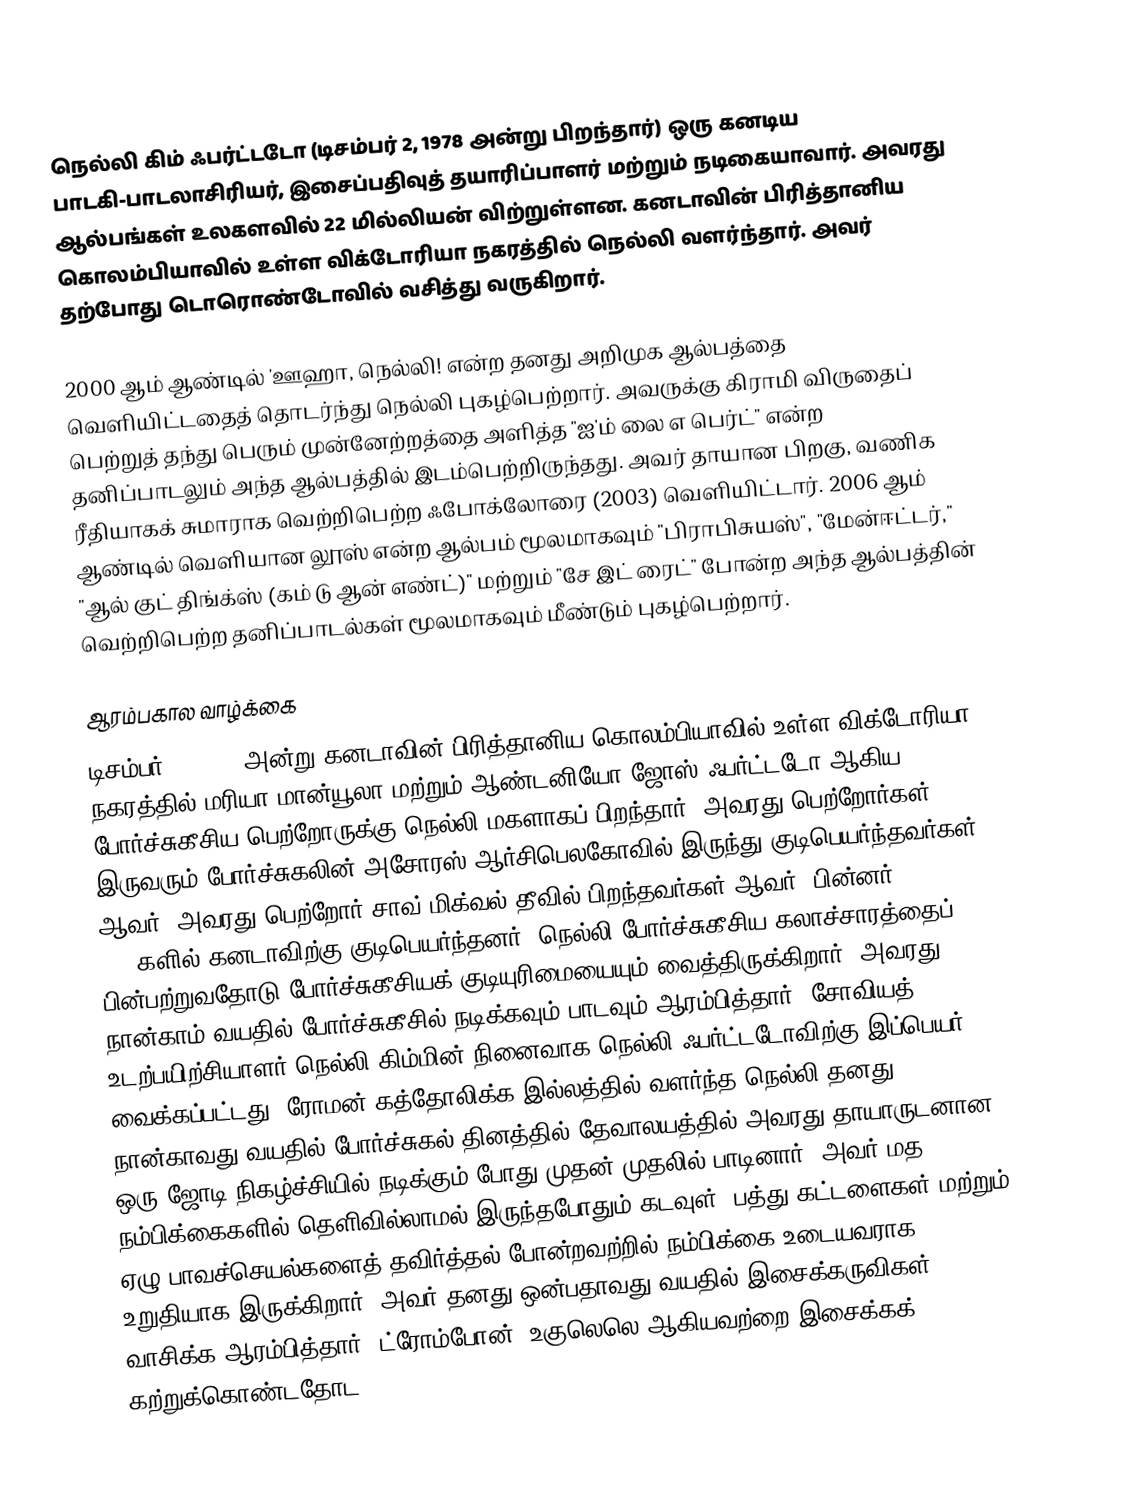
நெல்லி கிம் ஃபர்ட்டடோ (டிசம்பர் 2, 1978 அன்று பிறந்தார்) ஒரு கனடிய பாடகி-பாடலாசிரியர், இசைப்பதிவுத் தயாரிப்பாளர் மற்றும் நடிகையாவார். அவரது ஆல்பங்கள் உலகளவில் 22 மில்லியன் விற்றுள்ளன. கனடாவின் பிரித்தானிய கொலம்பியாவில் உள்ள விக்டோரியா நகரத்தில் நெல்லி வளர்ந்தார். அவர் தற்போது டொரொண்டோவில் வசித்து வருகிறார்.

2000 ஆம் ஆண்டில் 'ஊஹா, நெல்லி! என்ற தனது அறிமுக ஆல்பத்தை வெளியிட்டதைத் தொடர்ந்து நெல்லி புகழ்பெற்றார். அவருக்கு கிராமி விருதைப் பெற்றுத் தந்து பெரும் முன்னேற்றத்தை அளித்த "ஐ'ம் லை எ பெர்ட்" என்ற தனிப்பாடலும் அந்த ஆல்பத்தில் இடம்பெற்றிருந்தது. அவர் தாயான பிறகு, வணிக ரீதியாகக் சுமாராக வெற்றிபெற்ற ஃபோக்லோரை (2003) வெளியிட்டார். 2006 ஆம் ஆண்டில் வெளியான லூஸ் என்ற ஆல்பம் மூலமாகவும் "பிராபிசுயஸ்", "மேன்ஈட்டர்," "ஆல் குட் திங்க்ஸ் (கம் டு ஆன் எண்ட்)" மற்றும் "சே இட் ரைட்" போன்ற அந்த ஆல்பத்தின் வெற்றிபெற்ற தனிப்பாடல்கள் மூலமாகவும் மீண்டும் புகழ்பெற்றார்.

 ஆரம்பகால வாழ்க்கை
டிசம்பர் 2, 1978 அன்று கனடாவின் பிரித்தானிய கொலம்பியாவில் உள்ள விக்டோரியா நகரத்தில் மரியா மான்யூலா மற்றும் ஆண்டனியோ ஜோஸ் ஃபர்ட்டடோ ஆகிய போர்ச்சுகீசிய பெற்றோருக்கு நெல்லி மகளாகப் பிறந்தார். அவரது பெற்றோர்கள் இருவரும் போர்ச்சுகலின் அசோரஸ் ஆர்சிபெலகோவில் இருந்து குடிபெயர்ந்தவர்கள் ஆவர். அவரது பெற்றோர் சாவ் மிக்வல் தீவில் பிறந்தவர்கள் ஆவர். பின்னர் 1960களில் கனடாவிற்கு குடிபெயர்ந்தனர். நெல்லி போர்ச்சுகீசிய கலாச்சாரத்தைப் பின்பற்றுவதோடு போர்ச்சுகீசியக் குடியுரிமையையும் வைத்திருக்கிறார். அவரது நான்காம் வயதில் போர்ச்சுகீசில் நடிக்கவும் பாடவும் ஆரம்பித்தார். சோவியத் உடற்பயிற்சியாளர் நெல்லி கிம்மின் நினைவாக நெல்லி ஃபர்ட்டடோவிற்கு இப்பெயர் வைக்கப்பட்டது. ரோமன் கத்தோலிக்க இல்லத்தில் வளர்ந்த நெல்லி தனது நான்காவது வயதில் போர்ச்சுகல் தினத்தில் தேவாலயத்தில் அவரது தாயாருடனான ஒரு ஜோடி நிகழ்ச்சியில் நடிக்கும் போது முதன் முதலில் பாடினார். அவர் மத நம்பிக்கைகளில் தெளிவில்லாமல் இருந்தபோதும் கடவுள், பத்து கட்டளைகள் மற்றும் ஏழு பாவச்செயல்களைத் தவிர்த்தல் போன்றவற்றில் நம்பிக்கை உடையவராக உறுதியாக இருக்கிறார். அவர் தனது ஒன்பதாவது வயதில் இசைக்கருவிகள் வாசிக்க ஆரம்பித்தார். ட்ரோம்போன், உகுலெலெ ஆகியவற்றை இசைக்கக் கற்றுக்கொண்டதோட